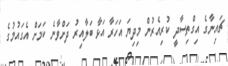
ޗައިނާގެ އިގްތިސާދީ ކުރިއެރުން މިދިޔަ އަހަރާ އަޅާ ބަލާއިރު ދަށްވާނެ ކަމަށް އެގައުމުގެ